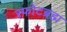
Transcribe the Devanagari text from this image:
स्फोटब्रह्म